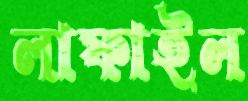
লাফাইল